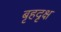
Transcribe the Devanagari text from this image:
बृहदृक्ष